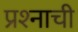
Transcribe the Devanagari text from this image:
प्रश्‍नाची